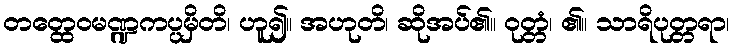
တတ္ထေဝမဏ္ဍကပ္ပမှိတိ၊ ဟူ၍။ အဟုတိ၊ ဆိုအပ်၏။ ဝုတ္တံ၊ ၏။ သာရိပုတ္တရာ၊